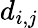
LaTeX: d_{i,j}